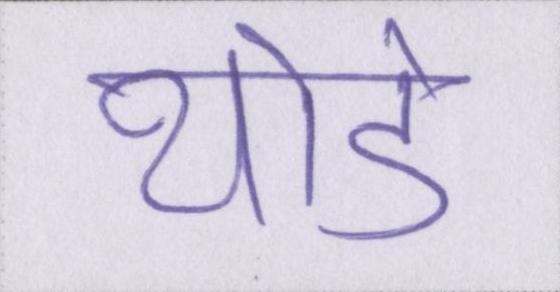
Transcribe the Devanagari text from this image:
थोडे